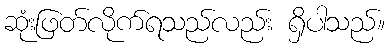
ဆုံးဖြတ်လိုက်ရသည်လည်း ရှိပါသည်။